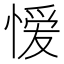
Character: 𭞄